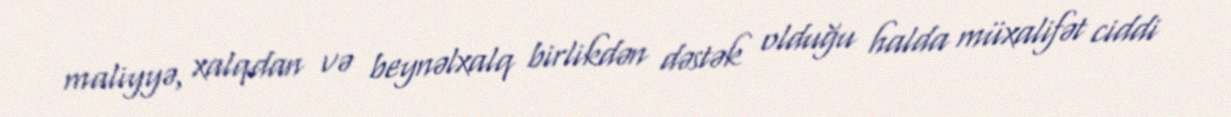
maliyyə, xalqdan və beynəlxalq birlikdən dəstək olduğu halda müxalifət ciddi